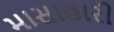
માસાહારી